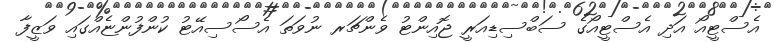
އެސްޓީއޯ އަދި އެސްޓީއޯގެ ސަބްސިޑިއަރީ ޖޮއިންޓު ވެންޗަރ ނުވަތަ އެސޯސިއޭޓު ކުންފުންޏެއްގައި ވަޒީފާ